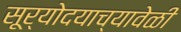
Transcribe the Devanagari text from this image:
सूर्योदयाच्यावेळी